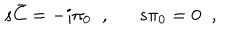
s \bar { C } = - i \pi _ { 0 } \; \; , \; \; \hspace { 1 e m } s \pi _ { 0 } = 0 \; \; , \; \;